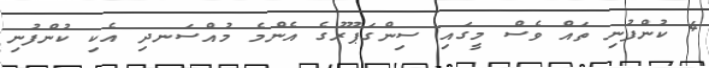
4 ކުންފުނި ތައް ވެސް މީގައި ސިންގަޕޫރުގެ އެންމެ މުއްސަނދި އެކި ކުންފުނި